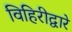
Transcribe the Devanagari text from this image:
विहिरीद्वारे